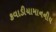
કવાડીયામાનનીય